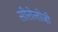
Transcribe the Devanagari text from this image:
सीरोलोजी